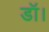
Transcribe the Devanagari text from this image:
डॉ।